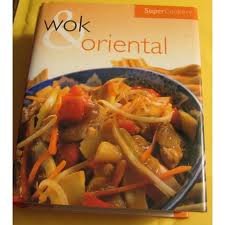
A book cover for Super Cookery - Wok & Oriental; Barnes & Noble Books; Cookbooks, Food & Wine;